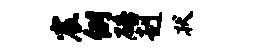
宸例碚赳状